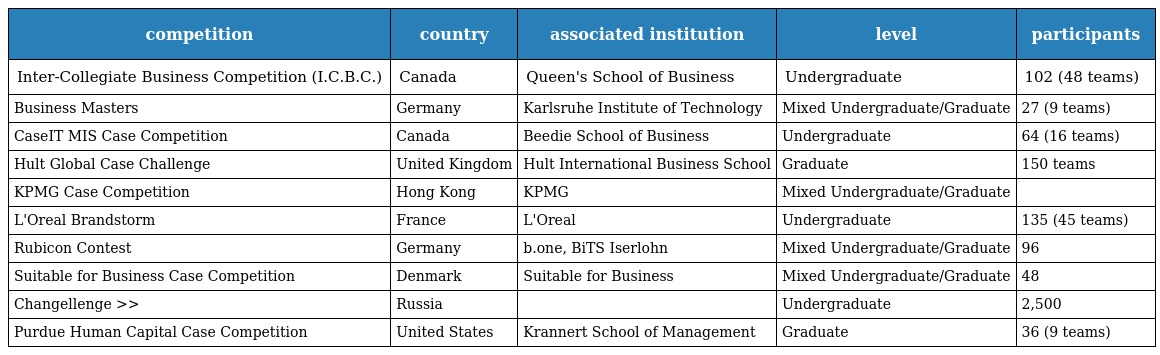
| competition | country | associated institution | level | participants |
 | --- | --- | --- | --- | --- |
 | Inter-Collegiate Business Competition (I.C.B.C.) | Canada | Queen's School of Business | Undergraduate | 102 (48 teams) |
 | Business Masters | Germany | Karlsruhe Institute of Technology | Mixed Undergraduate/Graduate | 27 (9 teams) |
 | CaseIT MIS Case Competition | Canada | Beedie School of Business | Undergraduate | 64 (16 teams) |
 | Hult Global Case Challenge | United Kingdom | Hult International Business School | Graduate | 150 teams |
 | KPMG Case Competition | Hong Kong | KPMG | Mixed Undergraduate/Graduate |  |
 | L'Oreal Brandstorm | France | L'Oreal | Undergraduate | 135 (45 teams) |
 | Rubicon Contest | Germany | b.one, BiTS Iserlohn | Mixed Undergraduate/Graduate | 96 |
 | Suitable for Business Case Competition | Denmark | Suitable for Business | Mixed Undergraduate/Graduate | 48 |
 | Changellenge >> | Russia |  | Undergraduate | 2,500 |
 | Purdue Human Capital Case Competition | United States | Krannert School of Management | Graduate | 36 (9 teams) |